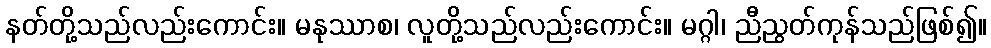
နတ်တို့သည်လည်းကောင်း။ မနုဿာစ၊ လူတို့သည်လည်းကောင်း။ မဂ္ဂါ၊ ညီညွတ်ကုန်သည်ဖြစ်၍။